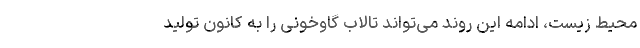
محیط زیست، ادامه این روند می‌تواند تالاب گاوخونی را به کانون تولید